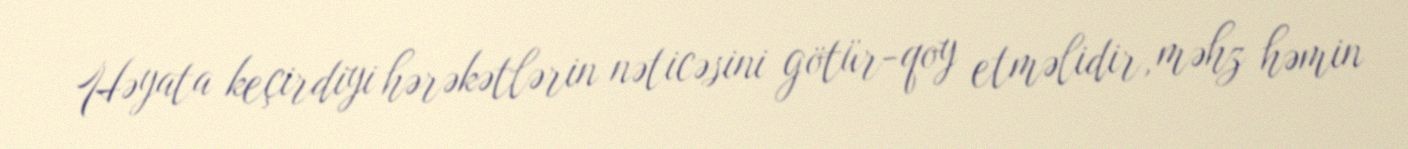
Həyata keçirdiyi hərəkətlərin nəticəsini götür-qoy etməlidir, məhz həmin